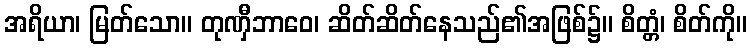
အရိယာ၊ မြတ်သော။ တုဏှီဘာဝေ၊ ဆိတ်ဆိတ်နေသည်၏အဖြစ်၌။ စိတ္တံ၊ စိတ်ကို။